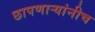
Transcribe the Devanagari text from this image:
छापणाऱ्यांनीच